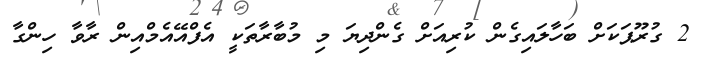
2 ގުރޫޕަކަށް ބަހާލައިގެން ކުރިއަށް ގެންދިޔަ މި މުބާރާތަކީ އެފްއޭއެމްއިން ރާވާ ހިންގާ